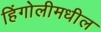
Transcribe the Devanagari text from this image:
हिंगोलीमधील